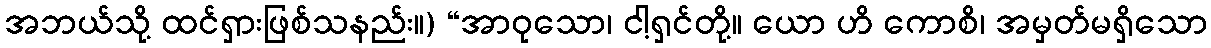
အဘယ်သို့ ထင်ရှားဖြစ်သနည်း။) “အာဝုသော၊ ငါ့ရှင်တို့။ ယော ဟိ ကောစိ၊ အမှတ်မရှိသော